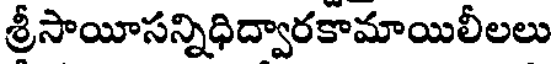
శ్రీసాయీసన్నిధిద్వారకామాయిలీలలు